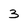
Character: 3